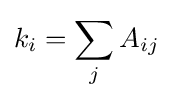
k_{i}=\sum _{j}A_{ij}